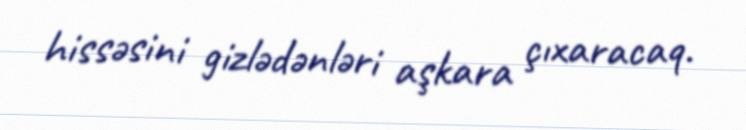
hissəsini gizlədənləri aşkara çıxaracaq.